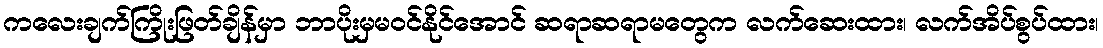
ကလေးချက်ကြိုးဖြတ်ချိန်မှာ ဘာပိုးမှမဝင်နိုင်အောင် ဆရာဆရာမတွေက လက်ဆေးထား၊ လက်အိပ်စွပ်ထား၊